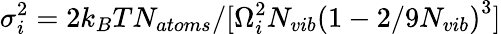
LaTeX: \sigma_{i}^{2}=2k_{B}TN_{atoms}/[\Omega_{i}^{2}N_{vib}\left(1-2/9N_{vib}\right)^{3}]